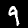
Digit: 9